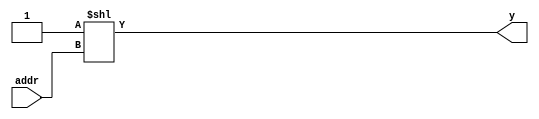

module decoder
  #(parameter WIDTH=4)
  (
   input [WIDTH-1:0]   addr,
   output [2**WIDTH-1:0] y
   );

   assign y = 1'b1 << addr;

endmodule